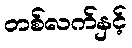
တစ်လက်နှင့်